Civil Veterinary Dept. Assam report 1927-50 - 1927-1950
Year: 1927
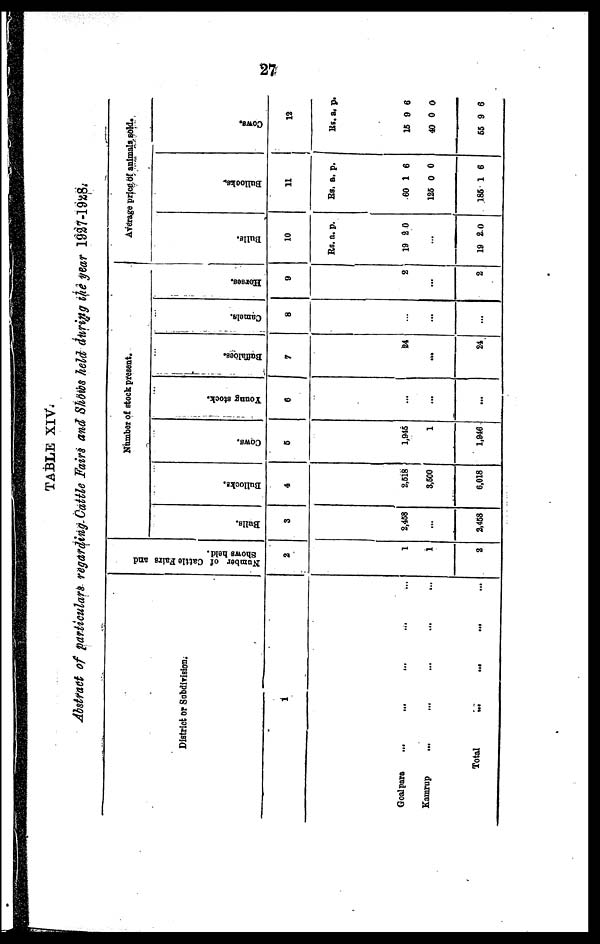
27
TABLE XIV.
Abstract of particulars regarding Cattle Fairs and Shows held during the gear 1937-1928.
District or Subdivion.
1
Goalpara ... ... ... ...
Kamrup ... ... ... ...
Total ... ... ... ...
Number of Cattle Fairs and
Shows held.
2
1
1
2
Number of stock present.
Bulls.
3
2,458
...
2,458
Bullocks.
4
2,518
3,600
6,018
Cows.
5
1,945
1
1,946
Young stock.
6
...
...
...
Buffaloes.
7
24
...
24
Camels.
8
...
...
...
Horses.
9
2
...
2
Average price of animals sold.
Bul l s.
10
Re.
19
...
19
a.
2
2
p.
0
0
Bullooka.
11
Rs.
60
125
186
a.
1
0
1
p.
6
0
6
Cows .
12
Rs
15
40
65
. a.
9
0
9
p.
6
0
6